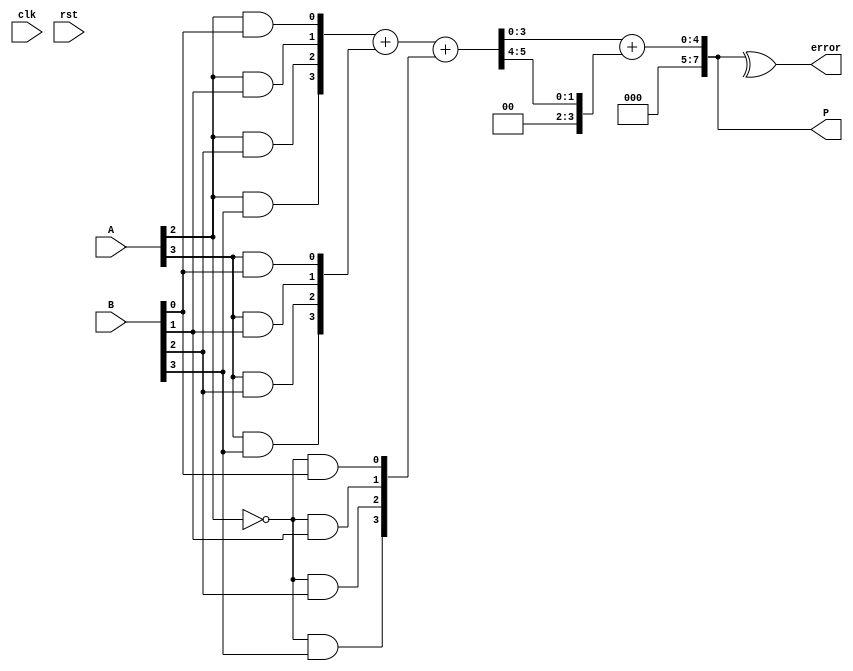
module FaultTolerantWallaceTreeMultiplier #(parameter N = 4) (
    input  [N-1:0] A,
    input  [N-1:0] B,
    input         clk,
    input         rst,
    output [2*N-1:0] P,
    output         error
);
    // Generate partial products
    wire [N-1:0] pp [0:N-1]; // partial products for original A and B
    wire [N-1:0] pp_red [0:N-1]; // redundant partial products (A' with B)

    // Generate original partial products
    genvar i, j;
    generate
        for (i = 0; i < N; i = i + 1) begin: gen_partial_products
            for (j = 0; j < N; j = j + 1) begin: pp_gen
                assign pp[i][j] = A[i] & B[j]; // AND operation for partial products
            end
        end
    endgenerate

    // Generate redundant partial products (simple duplication for example)
    generate
        for (i = 0; i < N; i = i + 1) begin: gen_redundant_partial_products
            for (j = 0; j < N; j = j + 1) begin: rpp_gen
                assign pp_red[i][j] = ~A[i] & B[j]; // Inverted A for redundancy
            end
        end
    endgenerate

    // Carry-Save Adder (CSA) to reduce partial products (simplified for example)
    wire [N-1:0] sum [0:N-1];
    wire [N-1:0] carry [0:N-1];

    generate
        for (i = 0; i < N-1; i = i + 1) begin: CSA
            assign {carry[i], sum[i]} = pp[i] + pp[i+1] + pp_red[i]; // Combine partial products
        end
    endgenerate

    // Final addition (simple adder for the last stage)
    wire [2*N-1:0] final_sum;
    wire [2*N-1:0] final_carry;

    assign {final_carry, final_sum} = {1'b0, sum[N-2]} + {1'b0, carry[N-2]}; // Final adder

    // Output assignment
    assign P = final_sum;

    // Error detection (simple parity check)
    wire parity;
    assign parity = ^P; // Even parity for error detection
    assign error = parity; // If parity is odd, there is an error

    // Reset and clock logic not implemented for simplicity

endmodule